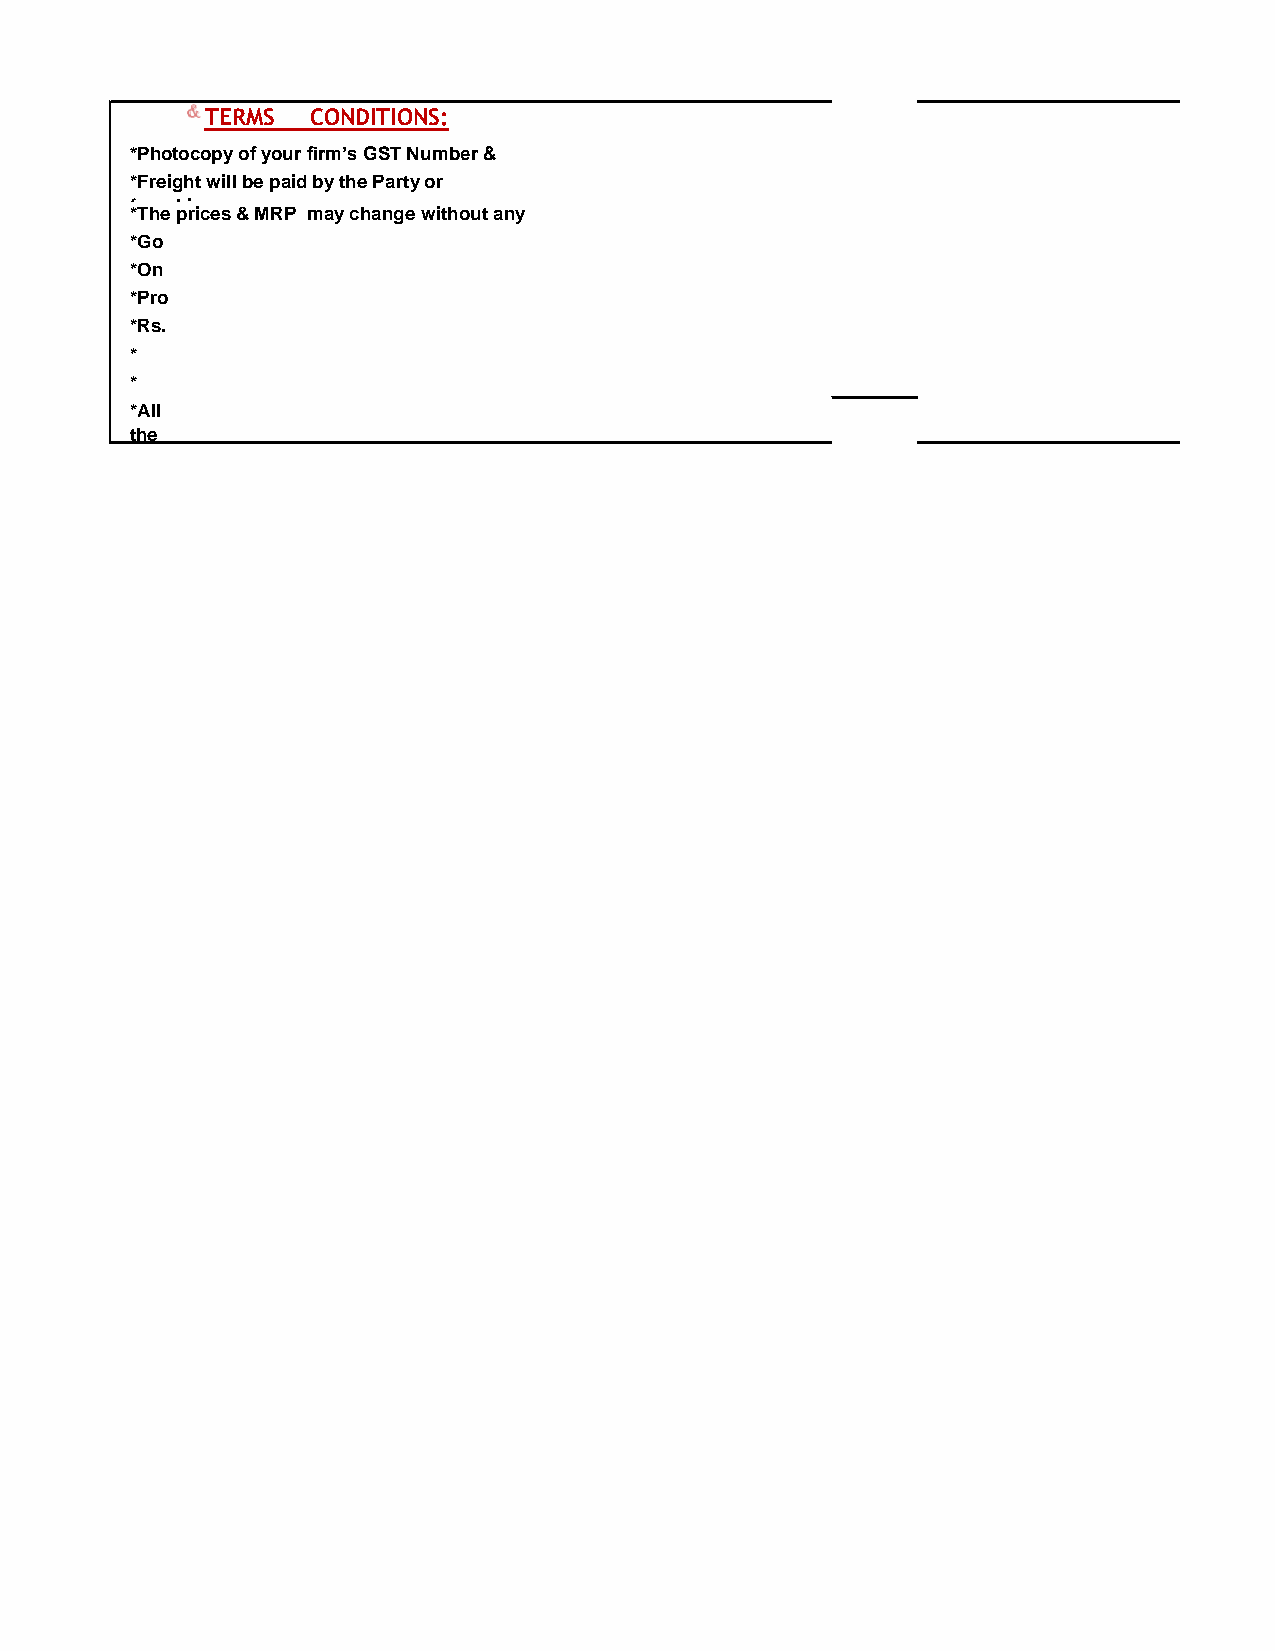
TERMS  CONDITIONS:
 *Photocopy of your firm’s GST Number &
 D*Frruegig Lhitc wenilsl eb eN upmaibde bry. the Party or
 franchisee.
 *The prices & MRP may change without any
 *pGrioor notice.
 o*Odns
 2*P5r0o0
 m*Rost.i
 2* 500
 I*n vo
 N*Aol l
 the